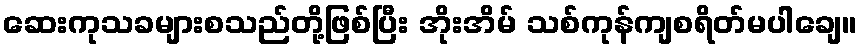
ဆေးကုသခများစသည်တို့ဖြစ်ပြီး အိုးအိမ် သစ်ကုန်ကျစရိတ်မပါချေ။